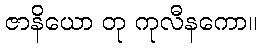
ဇာနိယော တု ကုလီနကော။